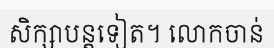
សិក្សាបន្តទៀត។ លោកចាន់